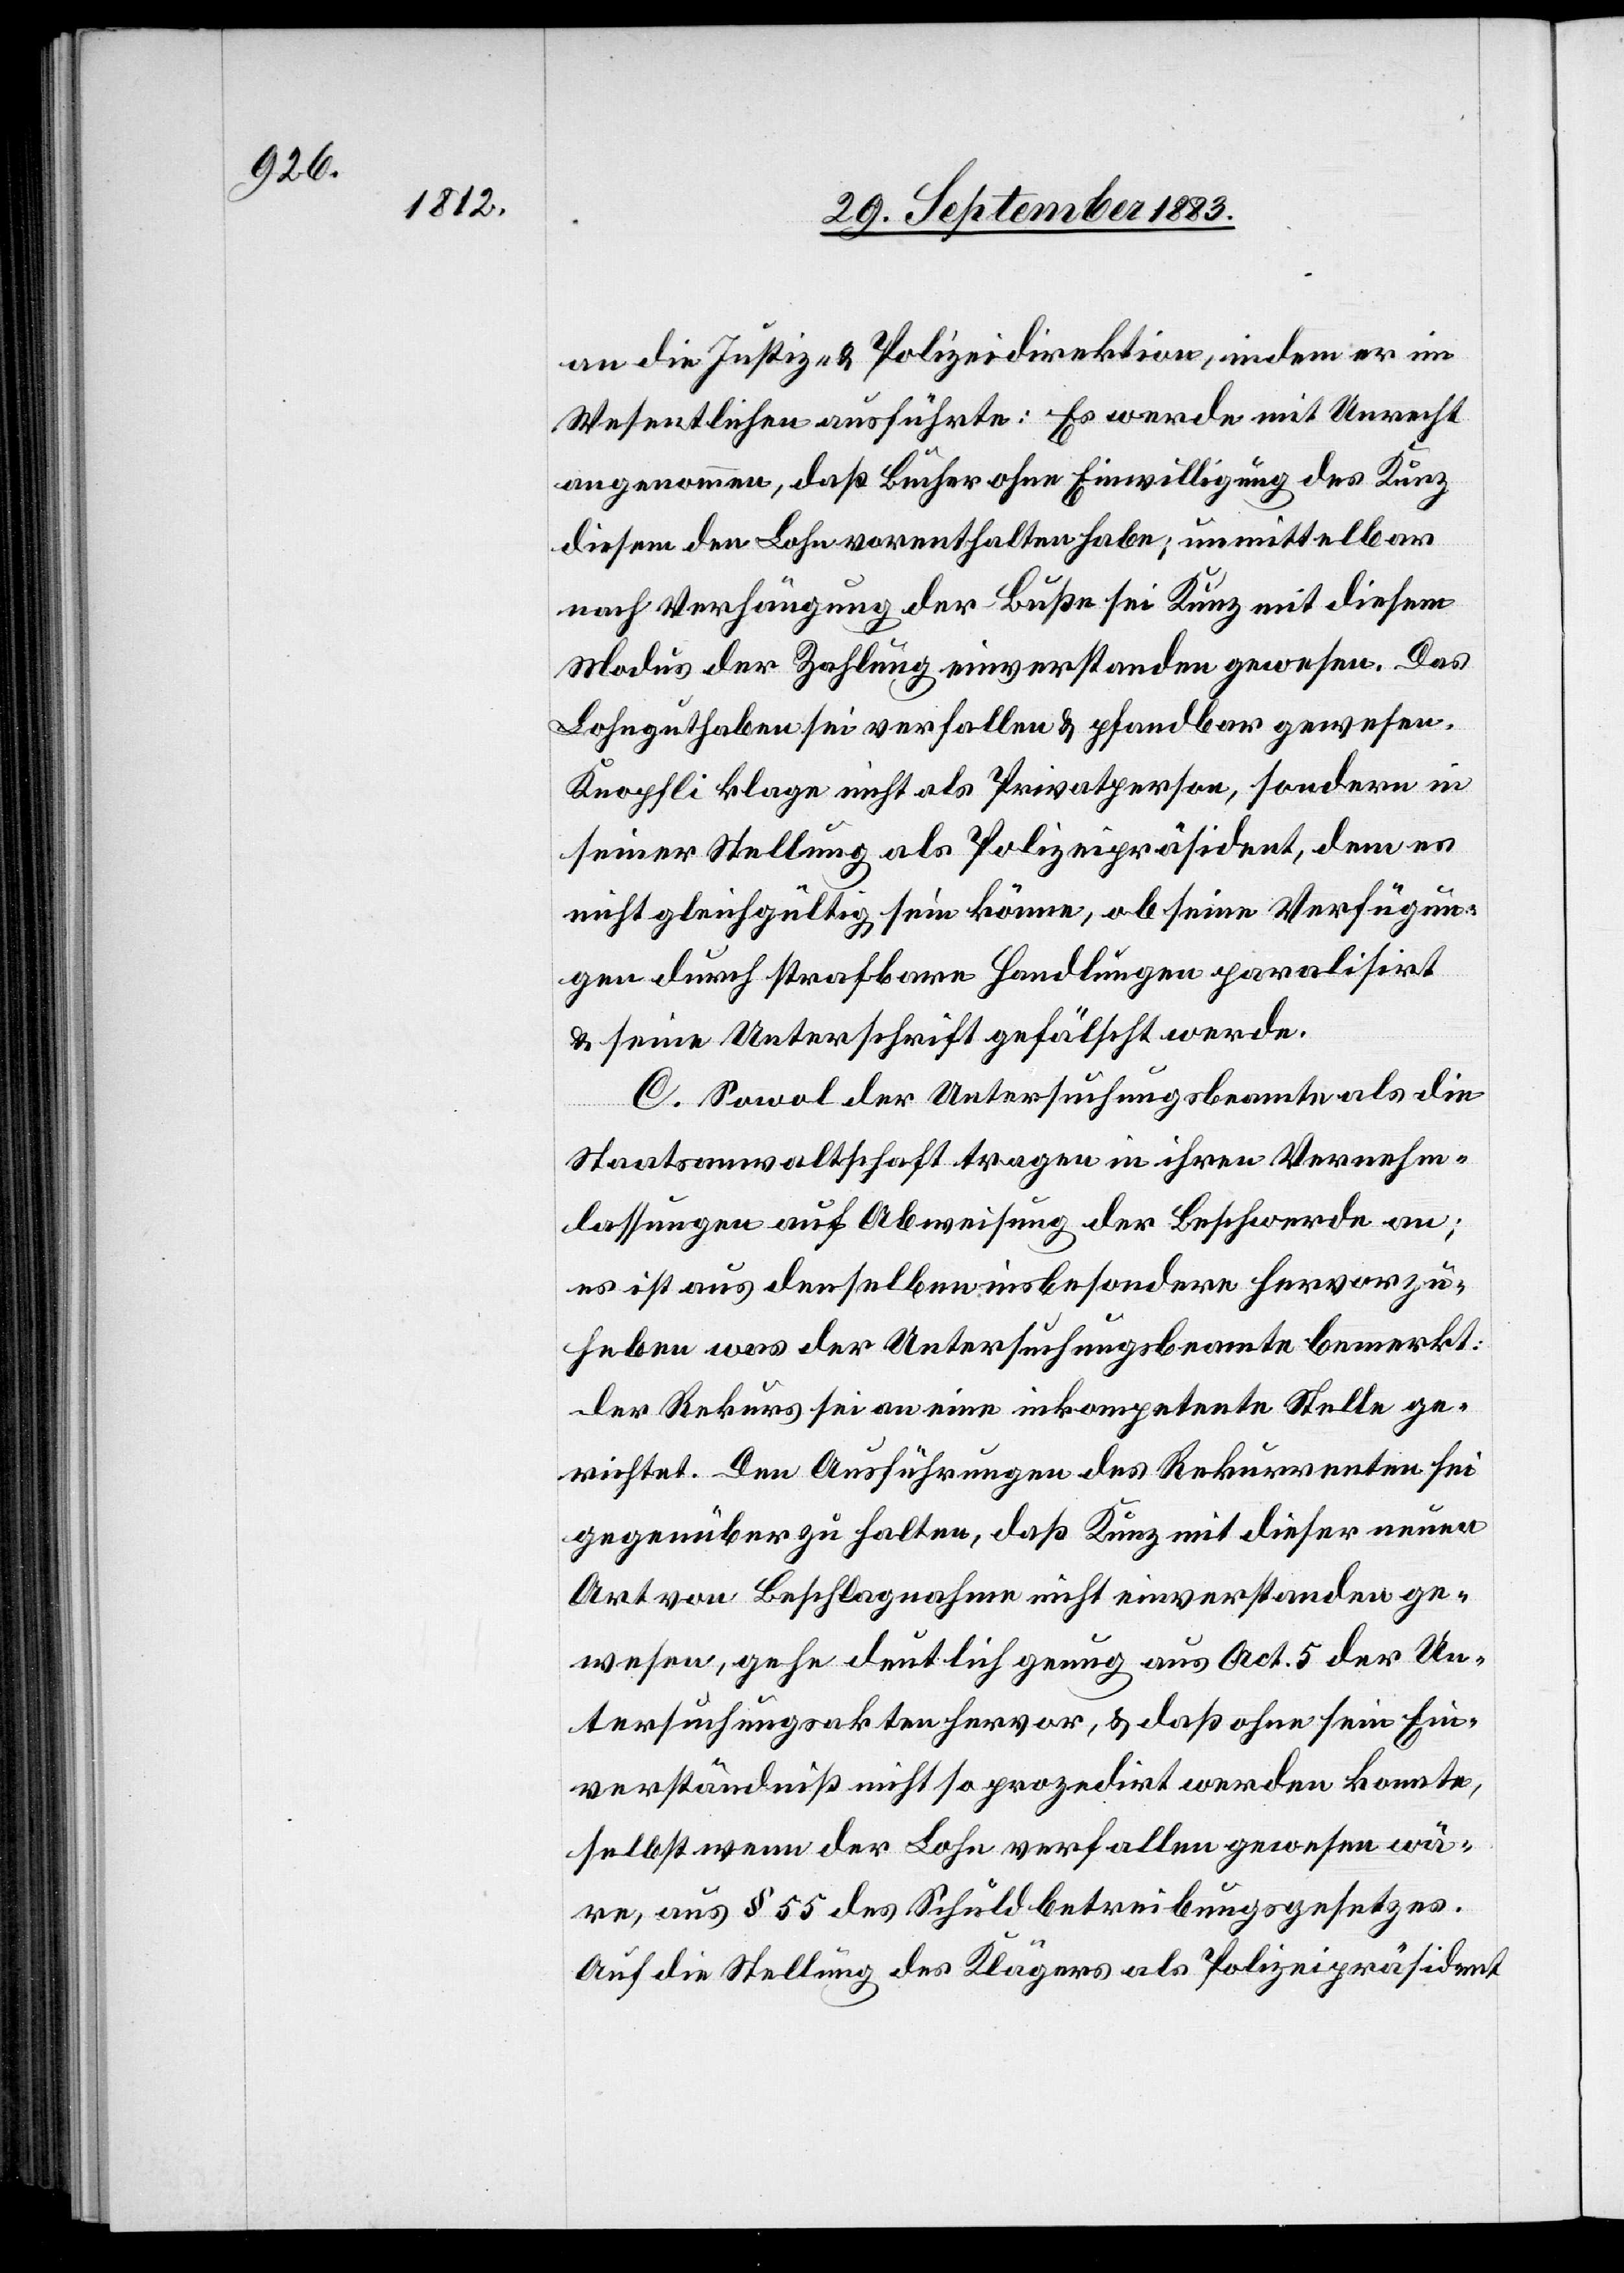
an die Justiz- & Polizeidirektion, indem er im
Wesentlichen ausführte: Es werde mit Unrecht
angenommen, daß Bucher ohne Einwilligung des Kunz
diesem den Lohn vorenthalte habe; unmittelbar
nach Verhängung der Buße sei Kunz mit diesem
Lohnguthaben sei verfallen & pfandbar gewesen.
Knopfli klage nicht als Privatperson, sondern in
seiner Stellung als Polizeipräsident, dem es
nicht gleichgültig sein könne, ob seine Verfügun¬
gen durch strafbare Handlungen paralisirt
& seine Unterschrift gefälscht werde.
C. Sowol der Untersuchungsbeamte als die
Staatsanwaltschaft tragen in ihren Vernehm¬
lassungen auf Abweisung der Beschwerde an;
es ist aus denselben insbesondere hervorzu¬
heben was der Untersuchungsbeamte bemerkt:
Der Rekurs sei an eine inkompetente Stelle ge¬
richtet. Den Ausführungen des Rekurrenten sei
gegenüber zu halten, daß Kunz mit dieser neuen
Art von Beschlagnahme nicht einverstanden ge¬
wesen, gehe deutlich genug aus Act. 5 der Un¬
tersuchungsakten hervor, & daß ohne sein Ein¬
verständniß nicht so prozedirt werden konnte
selbst wenn der Lohn verfallen gewesen wä¬
re, aus § 55 des Schuldbetreibungsgesetzes
Auf die Stellung des Klägers als Polizeipräsident